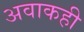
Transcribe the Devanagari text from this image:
अवाकही